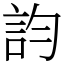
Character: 𧥺